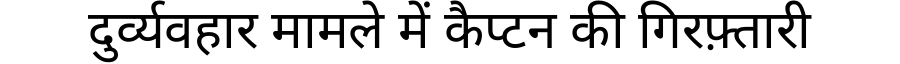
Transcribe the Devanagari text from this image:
दुर्व्यवहार मामले में कैप्टन की गिरफ़्तारी